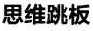
思维跳板